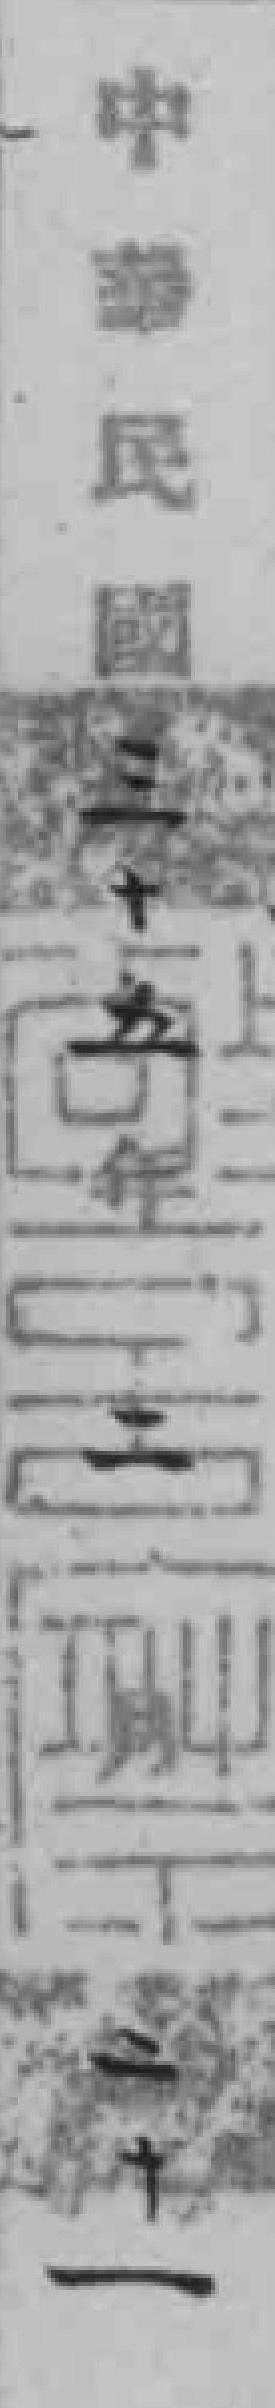
中民民國三十五年二月二十一